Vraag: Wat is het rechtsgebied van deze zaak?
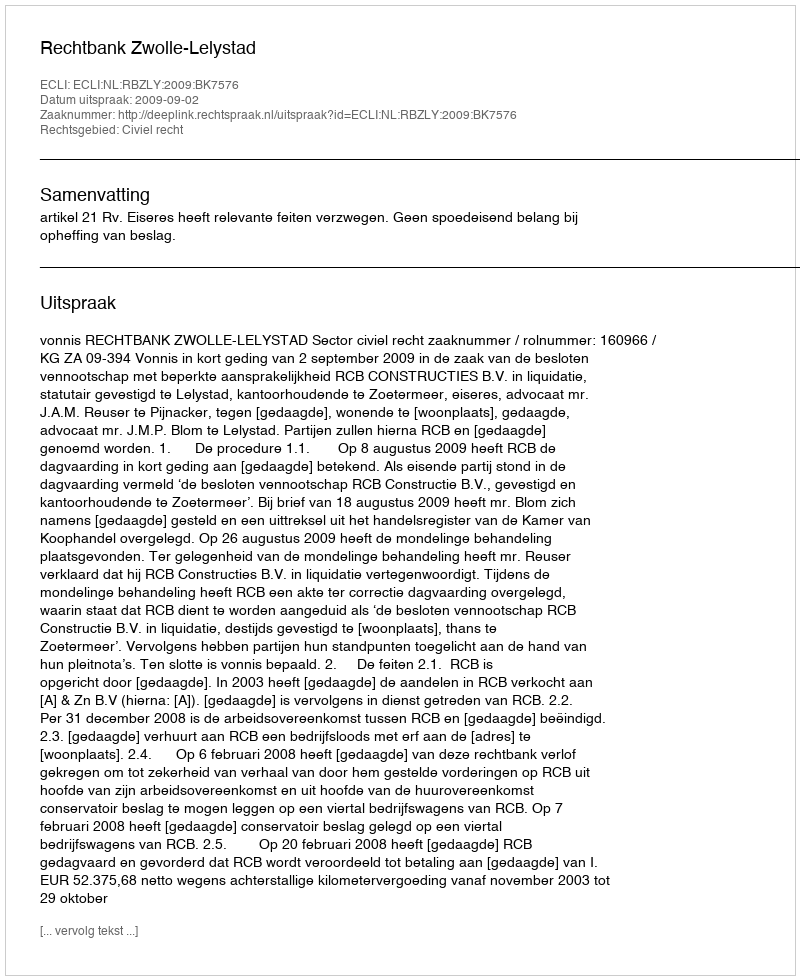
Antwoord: Civiel recht